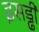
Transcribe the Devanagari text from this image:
इसड्ढी